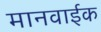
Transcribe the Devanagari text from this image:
मानवाईक